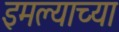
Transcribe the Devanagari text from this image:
इमल्याच्या